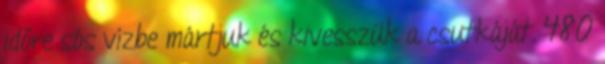
időre sós vízbe mártjuk és kivesszük a csutkáját. 480